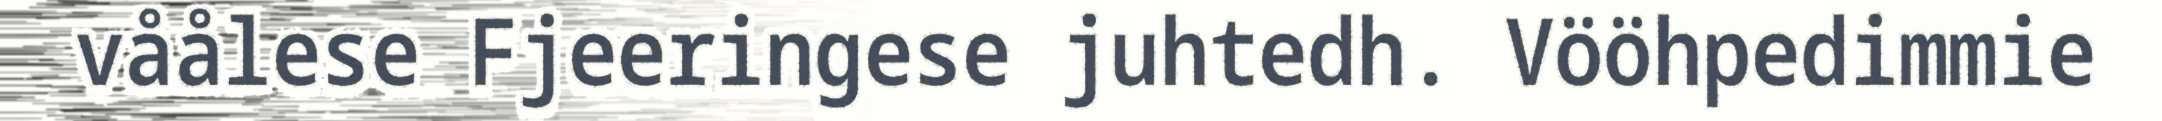
våålese Fjeeringese juhtedh. Vööhpedimmie